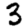
Digit: 3